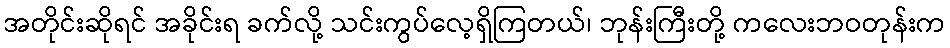
အတိုင်းဆိုရင် အခိုင်းရ ခက်လို့ သင်းကွပ်လေ့ရှိကြတယ်၊ ဘုန်းကြီးတို့ ကလေးဘဝတုန်းက